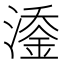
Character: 𬈹